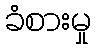
ခံစားမှု